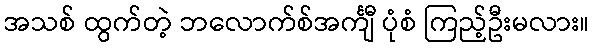
အသစ် ထွက်တဲ့ ဘလောက်စ်အင်္ကျီ ပုံစံ ကြည့်ဦးမလား။